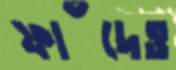
ফাঁদেও